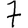
Digit: 7